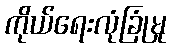
ကိုယ်ရေးလုံခြုံမှု